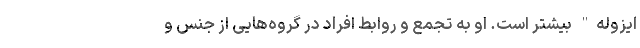
ایزوله" بیشتر است. او به تجمع و روابط افراد در گروه‌هایی از جنس و